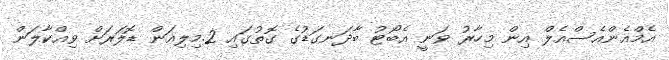
އެމްއެންއެސްއެލް އިން މިހާރު ވަނީ އެބޯޓު ބާދަނގަޑުގެ ގޮތުގައި 2.މިލިއަން ޑޮލަރަށް ވިއްކާލަން